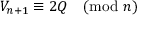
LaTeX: V _ { n + 1 } \equiv 2 Q { \pmod { n } }